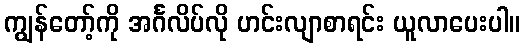
ကျွန်တော့်ကို အင်္ဂလိပ်လို ဟင်းလျာစာရင်း ယူလာပေးပါ။